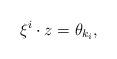
LaTeX: \begin{align*}{ {\xi}}^i\cdot { {z}}=\theta_{k_i},\end{align*}